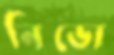
নিভো